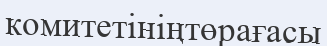
комитетініңтөрағасы